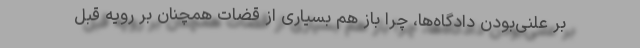
بر علنی‌بودن دادگاه‌ها، چرا باز هم بسیاری از قضات همچنان بر رویه قبل